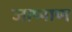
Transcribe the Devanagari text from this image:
जाप्पाण